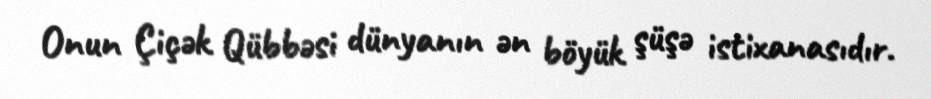
Onun Çiçək Qübbəsi dünyanın ən böyük şüşə istixanasıdır.